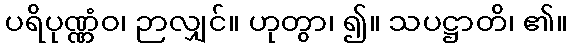
ပရိပုဏ္ဏံဝ၊ ဉာလျှင်။ ဟုတွာ၊ ၍။ သပဋ္ဌာတိ၊ ၏။